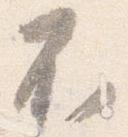
不